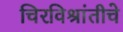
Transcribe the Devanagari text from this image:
चिरविश्रांतीचे